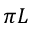
\pi L